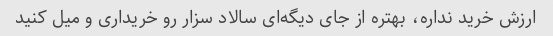
ارزش خرید نداره، بهتره از جای دیگه‌ای سالاد سزار رو خریداری و میل کنید